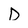
Character: D